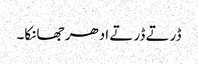
ڈرتے ڈرتے ادھر جھانکا۔